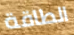
الطاقة